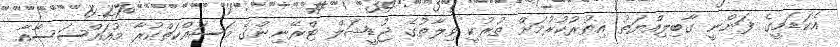
އެކަޑަމީގެ ފަންނީ ގާބިލިއްޔަތު އިތުރުކުރުމަށް ތުރުކީ ވިލާތުގެ ޖުޑީޝަލް ޓްރޭނިންގެ މަސައްކަތްކުރާ މުއައްސަސާއާ